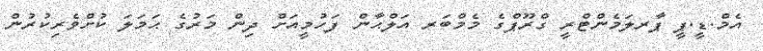
އެމް.ޑީ.ޕީ ޕާރލަމެންޓްރީ ގްރޫޕްގެ މެމްބަރ އަލްޙާން ފަހުމީއަށް ދިން މަރުގެ ޙަމަލަ ކުށްވެރިކުރުން